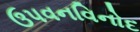
ઉપવનવિનોદ